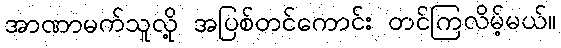
အာဏာမက်သူလို့ အပြစ်တင်ကောင်း တင်ကြလိမ့်မယ်။